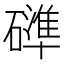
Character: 𮁍